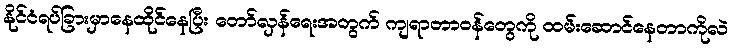
နိုင်ငံရပ်ခြားမှာနေထိုင်နေပြီး တော်လှန်ရေးအတွက် ကျရာတာဝန်တွေကို ထမ်းဆောင်နေတာကိုလဲ